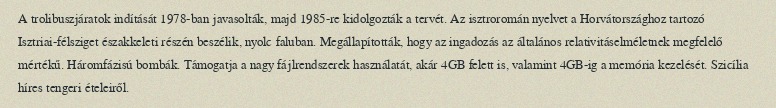
A trolibuszjáratok indítását 1978-ban javasolták, majd 1985-re kidolgozták a tervét. Az isztroromán nyelvet a Horvátországhoz tartozó Isztriai-félsziget északkeleti részén beszélik, nyolc faluban. Megállapították, hogy az ingadozás az általános relativitáselméletnek megfelelő mértékű. Háromfázisú bombák. Támogatja a nagy fájlrendszerek használatát, akár 4GB felett is, valamint 4GB-ig a memória kezelését. Szicília híres tengeri ételeiről.